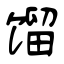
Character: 馏